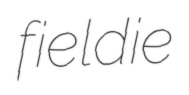
fieldie